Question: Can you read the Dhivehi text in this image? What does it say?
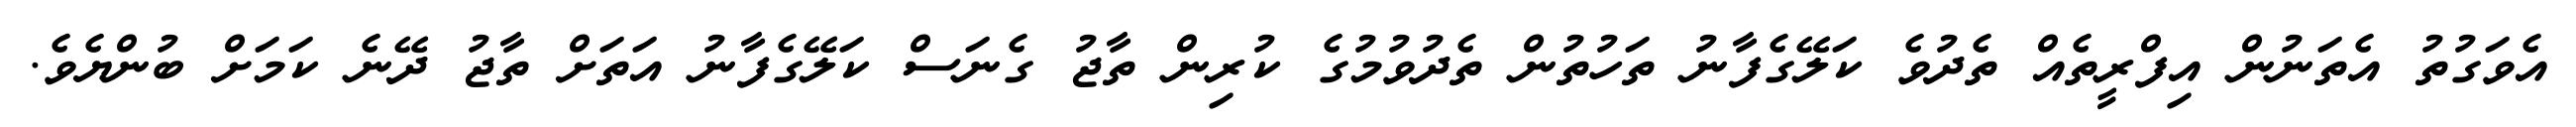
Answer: އެވަގުތު އެތަނުން އިފްރީތެއް ތެދުވެ ކަލޭގެފާނު ތަހުތުން ތެދުވުމުގެ ކުރިން ތާޖު ގެނަސް ކަލޭގެފާނު އަތަށް ތާޖު ދޭނެ ކަމަށް ބުންޔެވެ.